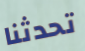
تحدثنا